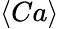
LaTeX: \langle Ca\rangle